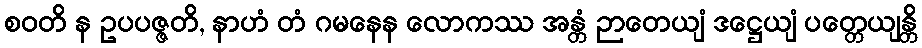
စဝတိ န ဥပပဇ္ဇတိ, နာဟံ တံ ဂမနေန လောကဿ အန္တံ ဉာတေယျံ ဒဋ္ဌေယျံ ပတ္တေယျန္တိ